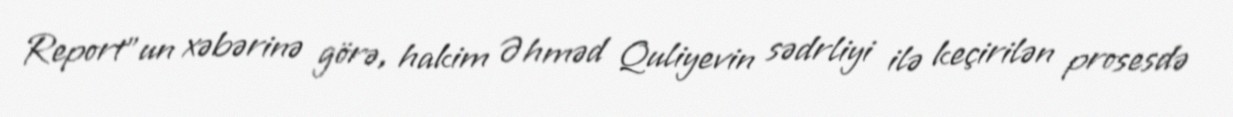
Report"un xəbərinə görə, hakim Əhməd Quliyevin sədrliyi ilə keçirilən prosesdə